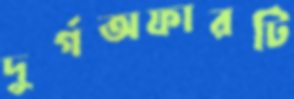
দুর্গঅফারটি